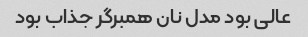
عالی بود مدل نان همبرگر جذاب بود